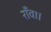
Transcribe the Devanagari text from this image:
राँवा।